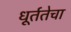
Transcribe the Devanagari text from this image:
धूर्ततेचा